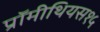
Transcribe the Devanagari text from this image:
प्रॉमीथियस१५